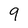
Character: 9